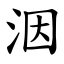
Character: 洇